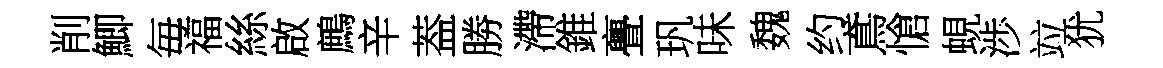
削鯽毎福絲啟鷓辛葢勝滯錐亹㺬味魏约鳶愴蜆渉竝犹